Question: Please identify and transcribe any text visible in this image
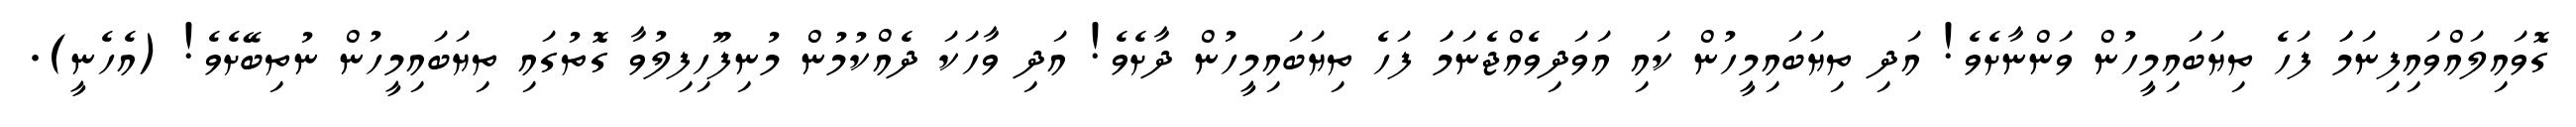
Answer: ގޮވައިލައްވައިފިނަމަަ ފަހެ ތިޔަބައިމީހުން ވަންނާށެވެ! އަދި ތިޔަބައިމީހުން ކައި އަވަދިވެއްޖެނަމަަ ފަހެ ތިޔަބައިމީހުން ދާށެވެ! އަދި ވާހަކަ ދެއްކުމުން މުނިފޫހިފިލުވާ ގޮތުގައި ތިޔަބައިމީހުން ނުތިބޭށެވެ! (އެހެނީ).